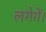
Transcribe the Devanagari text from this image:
लगेगें।